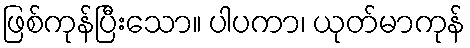
ဖြစ်ကုန်ပြီးသော။ ပါပကာ၊ ယုတ်မာကုန်